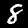
Digit: 8